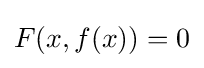
F(x,f(x))=0